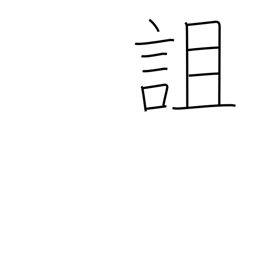
Meaning: curse